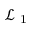
\mathcal { L } _ { \mathrm { ~ 1 ~ } }